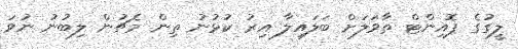
ލީގުގެ ޕޮއިންޓް ތާވަލަށް ބަލައިލާ އިރު ކުޅުނު ތިން މެޗުން ލިބުނު ނުވަ